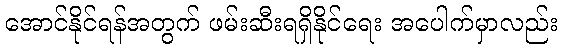
အောင်နိုင်ရန်အတွက် ဖမ်းဆီးရရှိနိုင်ရေး အပေါက်မှာလည်း